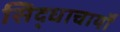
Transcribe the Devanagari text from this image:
सिद्धाचार्यों